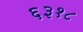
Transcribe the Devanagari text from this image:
६३१८